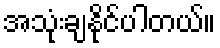
အသုံးချနိုင်ပါတယ်။